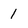
Character: 1